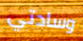
وسادتي